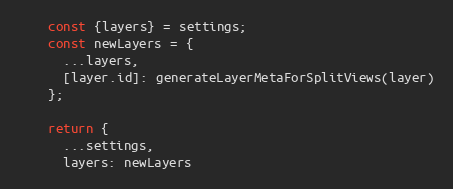
Language: JavaScript
    const {layers} = settings;
    const newLayers = {
      ...layers,
      [layer.id]: generateLayerMetaForSplitViews(layer)
    };

    return {
      ...settings,
      layers: newLayers